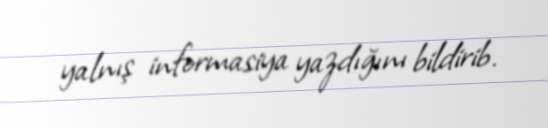
yalnış informasiya yazdığını bildirib.